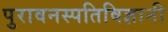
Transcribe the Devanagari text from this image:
पुरावनस्पतिविज्ञानी